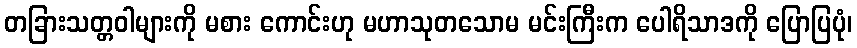
တခြားသတ္တဝါများကို မစား ကောင်းဟု မဟာသုတသောမ မင်းကြီးက ပေါရိသာဒကို ပြောပြပုံ၊